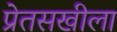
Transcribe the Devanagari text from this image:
प्रेतसखीला